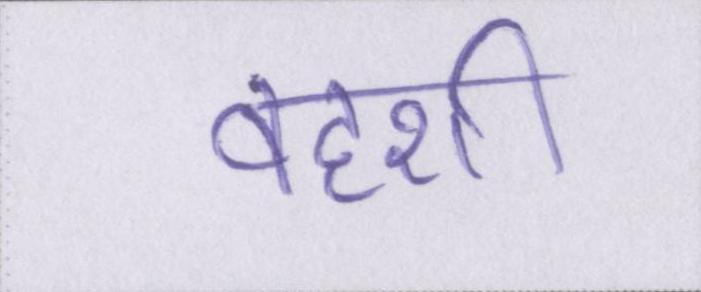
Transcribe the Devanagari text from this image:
वहशी